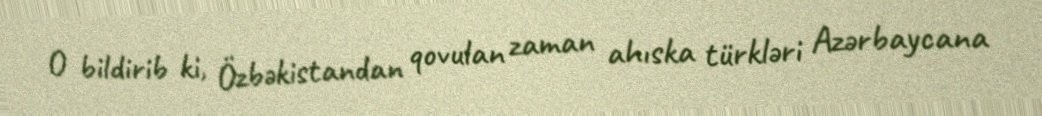
O bildirib ki, Özbəkistandan qovulan zaman ahıska türkləri Azərbaycana